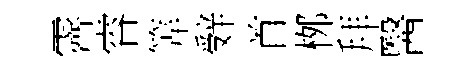
霽睿筭辤首桞拜醫